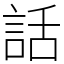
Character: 話